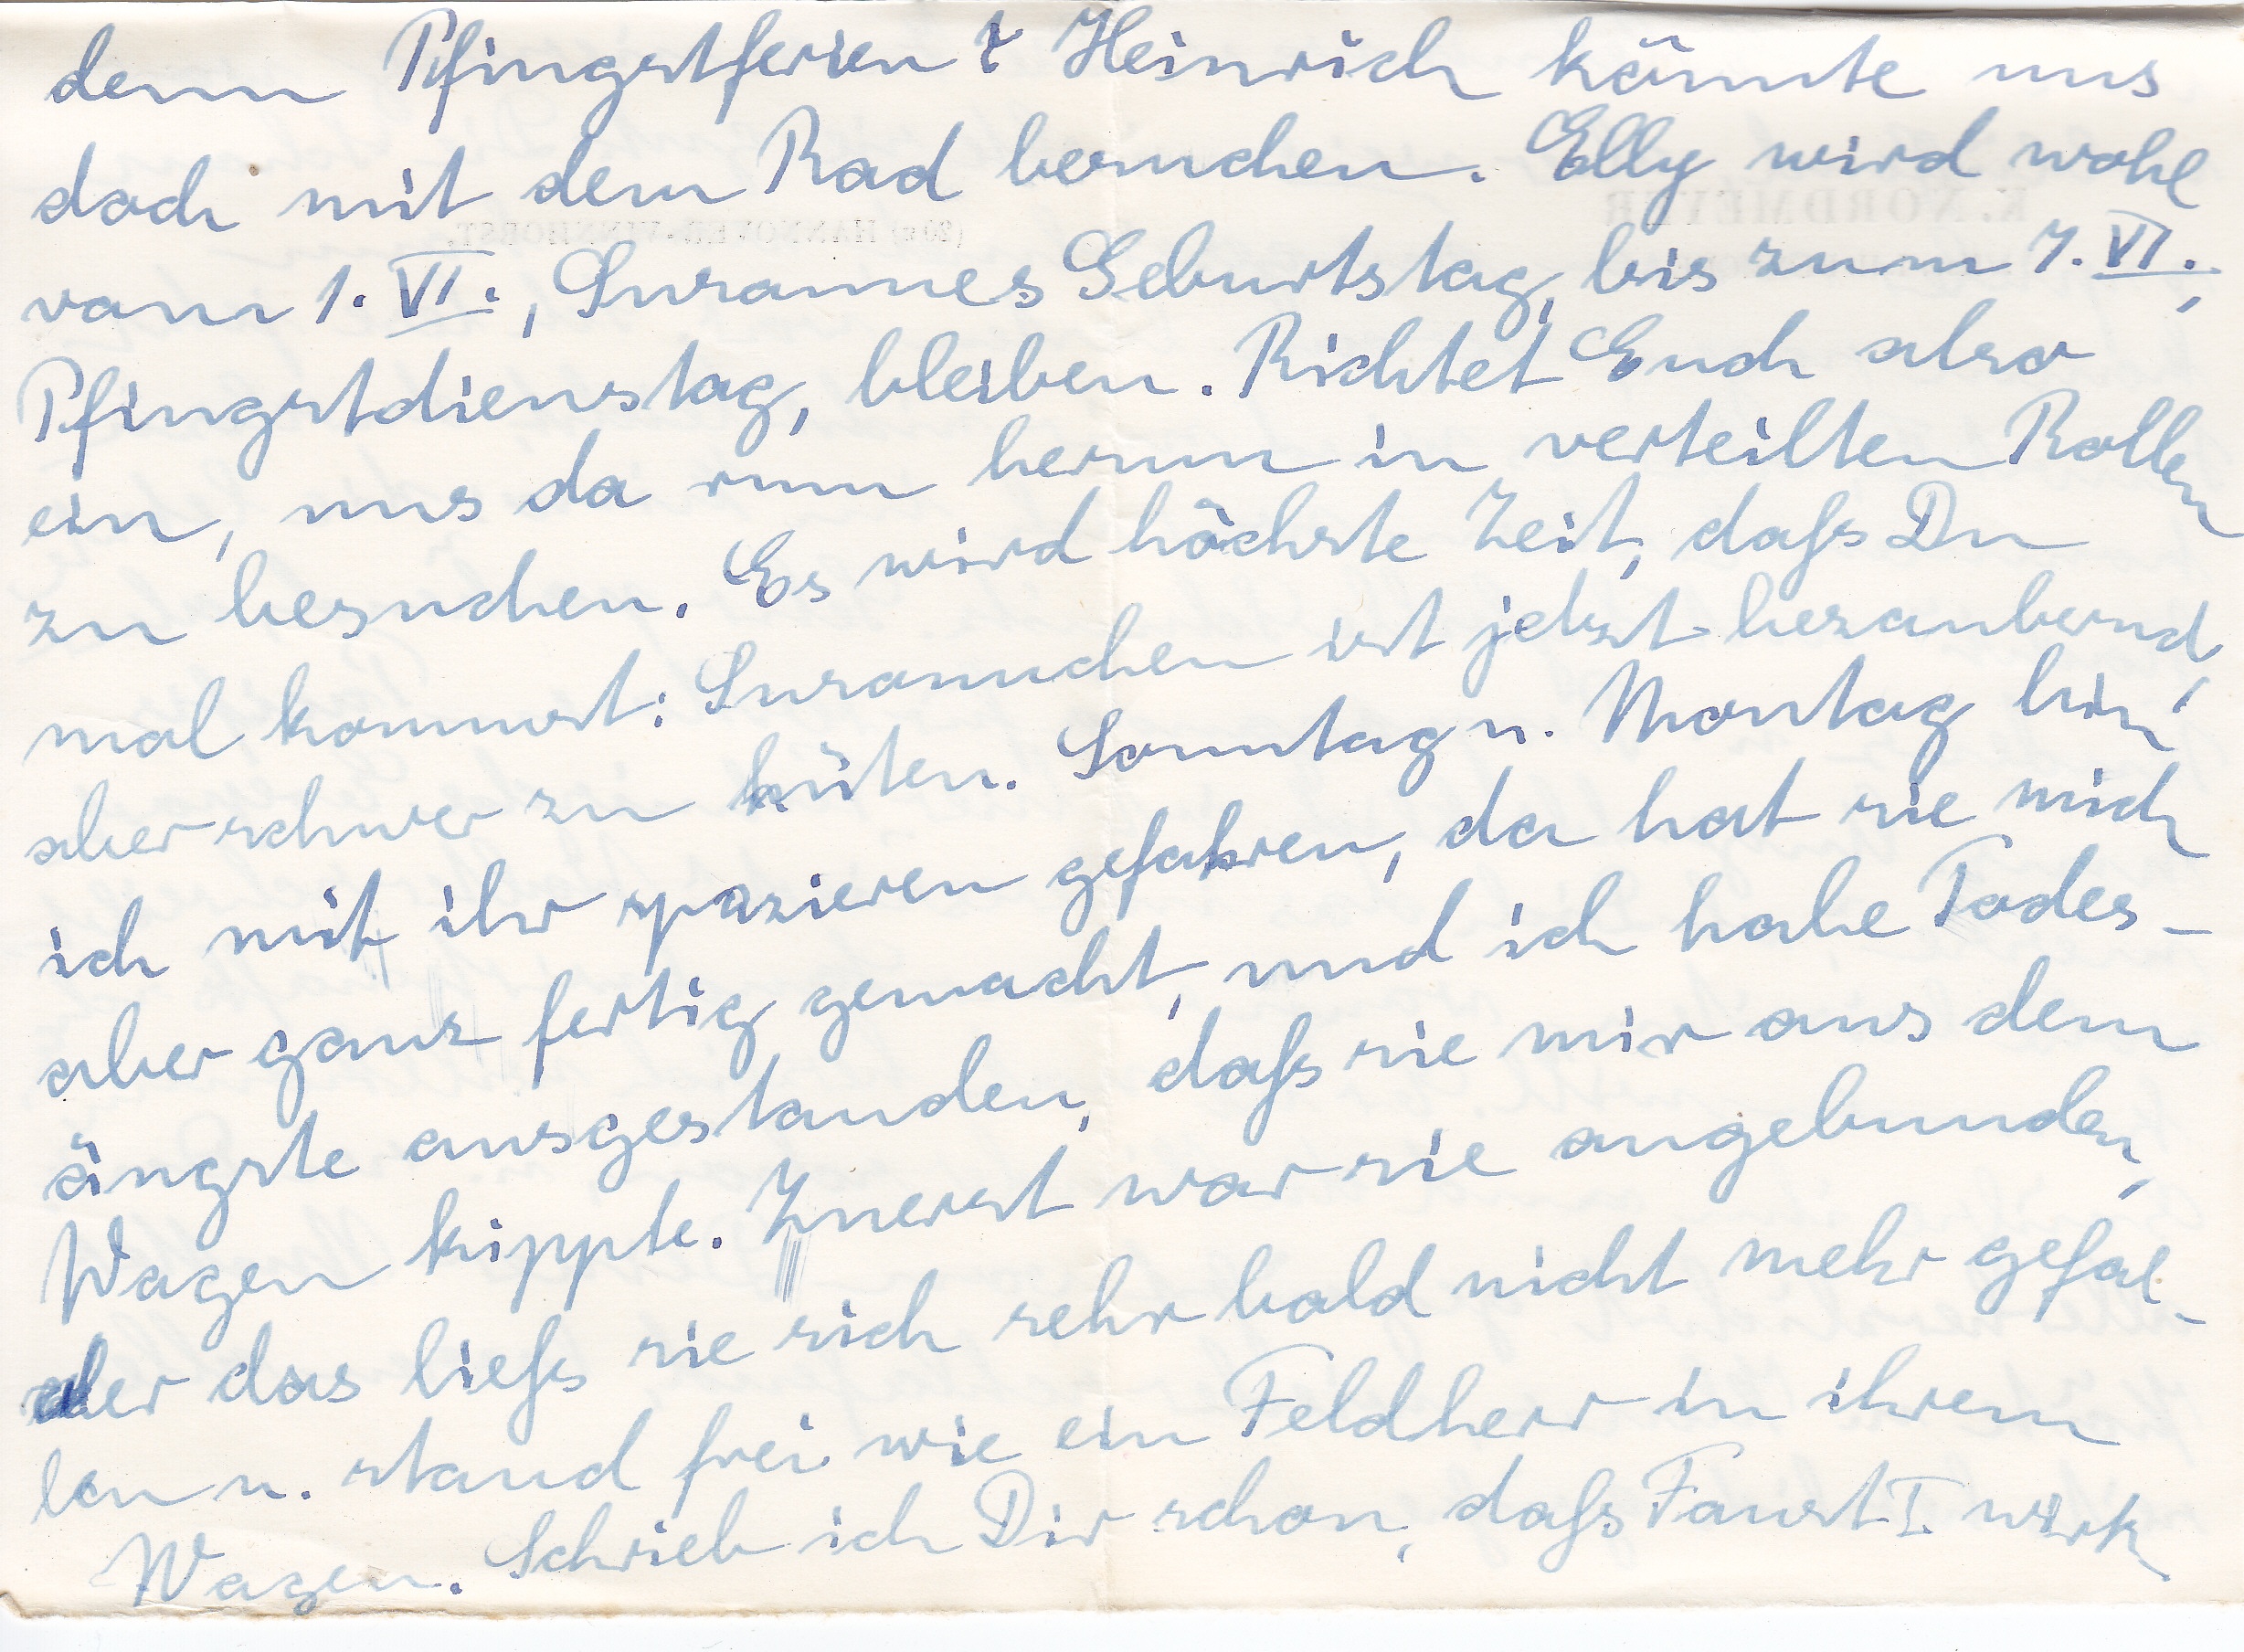
denn Pfingstferien Heinrich könnte uns
doch mit dem Rad besuchen. Elly wird wohl
von ~ 1. VI., Susannes Geburtstag, bis zum 7. VI.
Pfingstdienstag, bleiben. Richtet Euch also
ein, uns da rum herum in verteilten Rollen
zu besuchen- Es wird höchste Zeit, daß Du
mal kommst: Susannchen ist jetzt bezaubernd
aber schwer zu hüten. Sonntag u. Montag bin
ich mit ihr spazieren gefahren, da hat sie mich
aber ganz fertig gemacht, und ich habe Todes
ängste ausgestanden, daß sie mir aus dem
Wagen kippte. Zuerst war sie angebunden
aber das ließ sie sich sehr bald nicht mehr gefal
len u. stand frei wie ein Feldherr in ihrem
Wagen. Schrieb ich Dir schon, daß Faust I. wirk